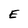
Character: E